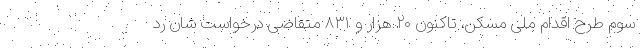
سوم طرح اقدام ملی مسکن، تاکنون ۲۰ هزار و ۸۳۱ متقاضی درخواست شان رد